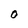
Character: O